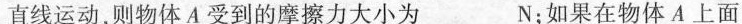
直线运动，则物体A受到的摩擦力大小为__N；如果在物体A上面